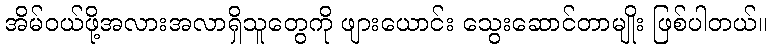
အိမ်ဝယ်ဖို့အလားအလာရှိသူတွေကို ဖျားယောင်း သွေးဆောင်တာမျိုး ဖြစ်ပါတယ်။